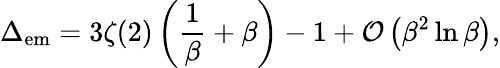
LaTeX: \Delta_{\mathrm{em}}=3\zeta(2)\left({\frac{1}{\beta}}+\beta\right)-1+{\cal O}\left(\beta^{2}\ln\beta\right),